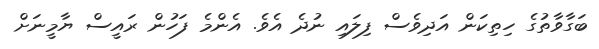
ބަގާވާތުގެ ހިތިކަން އަދިވެސް ފިލައި ނުދެ އެވެ. އެންމެ ފަހުން ރައީސް ޔާމީނަށް